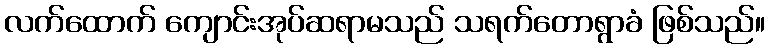
လက်ထောက် ကျောင်းအုပ်ဆရာမသည် သရက်တောရွာခံ ဖြစ်သည်။